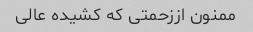
ممنون اززحمتی که کشیده عالی